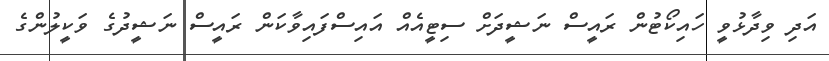
އަދި ވިދާޅުވީ ހައިކޯޓުން ރައީސް ނަޝީދަށް ސިޓީއެއް އައިސްފައިވާކަން ރައީސް ނަޝީދުގެ ވަކީލުންގެ